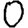
Digit: 0